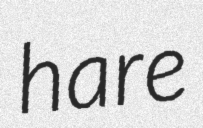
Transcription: hare